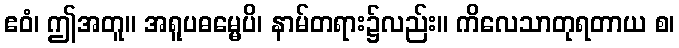
ဧဝံ၊ ဤအတူ။ အရူပဓမ္မေပိ၊ နာမ်တရား၌လည်း။ ကိလေသာတုရတာယ စ၊